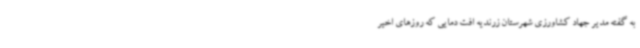
به گفته مدیر جهاد کشاورزی شهرستان زرندیه افت دمایی که روزهای اخیر